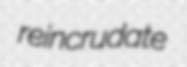
reincrudate